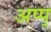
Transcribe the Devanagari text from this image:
अप्प्